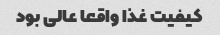
کیفیت غذا واقعا عالی بود